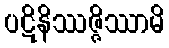
ပဋိနိဿဇ္ဇိဿာမိ